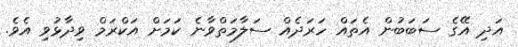
އަދި އޭގެ ސަބަބުން އެތައް ހަރަދެއް ސަލާމަތްވާނެ ކަމަށް އަކްރަމް ވިދާޅުވި އެވެ.